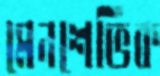
মেনশেভিক